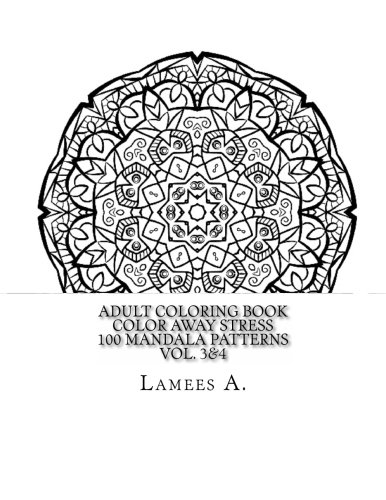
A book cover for Adult Coloring Book: Color Away Stress 100 Mandala Patterns  Vol. 3&4 (Adult Coloring Books); Lamees A.; Religion & Spirituality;